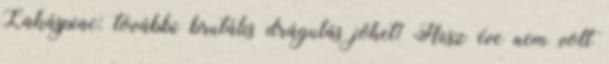
Lakáspiac: további brutális drágulás jöhet? Húsz éve nem volt